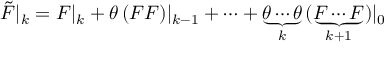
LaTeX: \tilde { F } | _ { k } = F | _ { k } + \theta \, ( F F ) | _ { k - 1 } + \cdots + \underbrace { \theta \cdots \theta } _ { k } \, ( \underbrace { F \cdots F } _ { k + 1 } ) | _ { 0 }